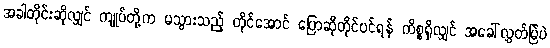
အခါတိုင်းဆိုလျှင် ကျုပ်တို့က မသွားသည့် တိုင်အောင် ပြောဆိုတိုင်ပင်ရန် ကိစ္စရှိလျှင် အခေါ်လွှတ်မြဲပဲ